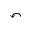
\curvearrowleft